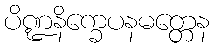
ပိဏ္ဍနိက္ခေပနမတ္တေန